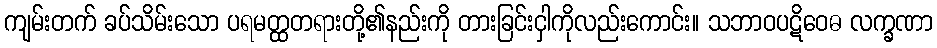
ကျမ်းတက် ခပ်သိမ်းသော ပရမတ္ထတရားတို့၏နည်းကို တားခြင်းငှါကိုလည်းကောင်း။ သဘာဝပဋိဝေဓ လက္ခဏာ